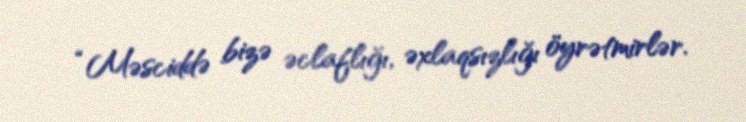
“Məsciddə bizə əclaflığı, əxlaqsızlığı öyrətmirlər.